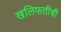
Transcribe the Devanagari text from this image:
खलिफतीची